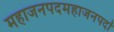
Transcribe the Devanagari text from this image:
महाजनपदमहाजनपदों